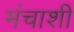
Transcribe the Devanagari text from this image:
मंचाशी